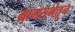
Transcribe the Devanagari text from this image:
ग्रामसभेतून